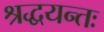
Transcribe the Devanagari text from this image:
श्रद्धयन्तः